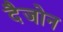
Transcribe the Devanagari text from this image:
दैजोन